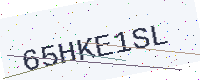
Text: 65HKE1SL